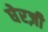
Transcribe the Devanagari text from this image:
घेरज़ी